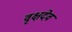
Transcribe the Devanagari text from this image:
वृक्षदेव